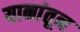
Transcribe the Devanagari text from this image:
यानांतून